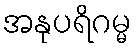
အနုပရိဂမ္မ